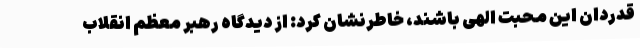
قدردان این محبت الهی باشند، خاطرنشان کرد: از دیدگاه رهبر معظم انقلاب